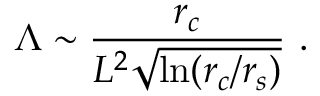
\Lambda \sim \frac { r _ { c } } { L ^ { 2 } \sqrt { \ln ( r _ { c } / r _ { s } ) } } \ .